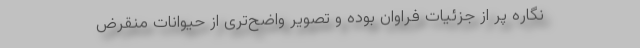
‌نگاره پر از جزئیات فراوان بوده و تصویر واضح‌تری از حیوانات منقرض